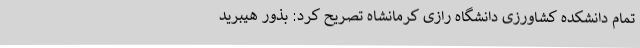
تمام دانشکده کشاورزی دانشگاه رازی کرمانشاه تصریح کرد: بذور هیبرید